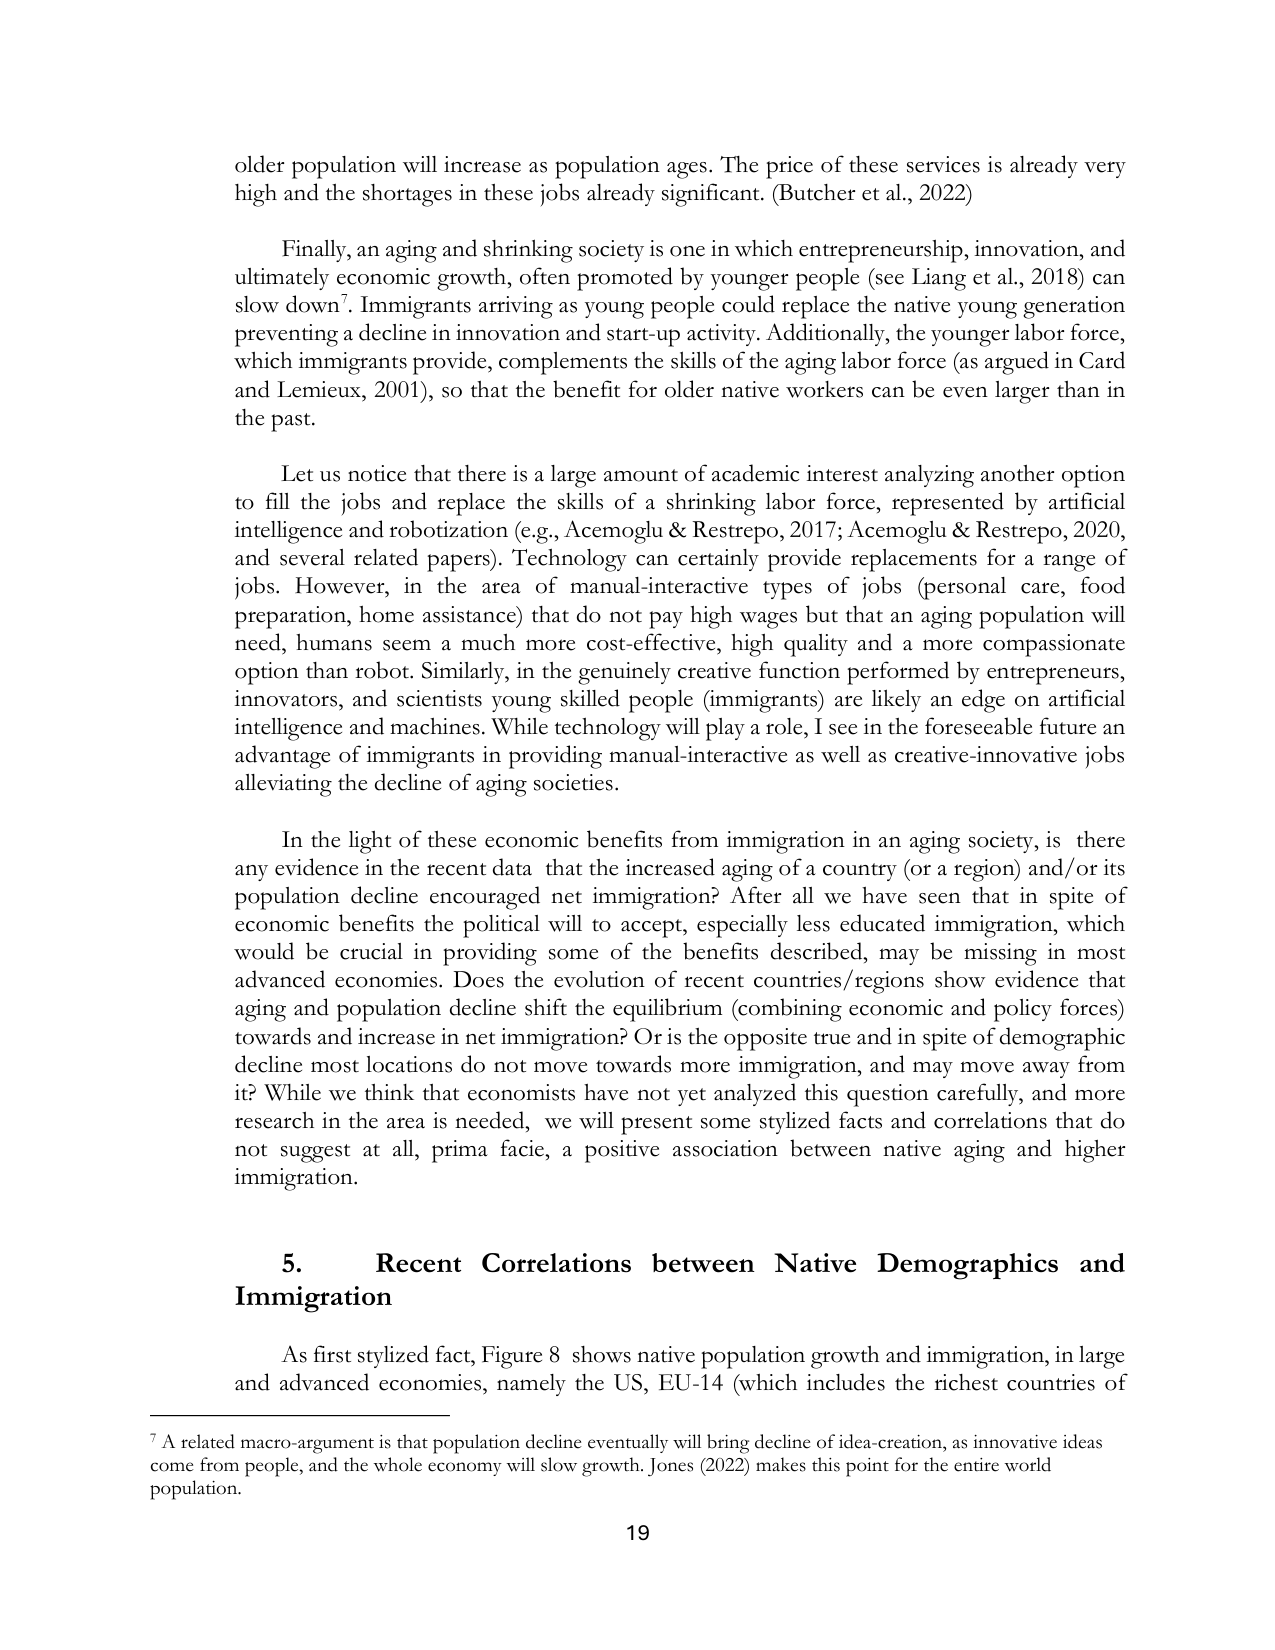
older population will increase as population ages. The price of these services is already very high and the shortages in these jobs already significant. (Butcher et al., 2022)

Finally, an aging and shrinking society is one in which entrepreneurship, innovation, and ultimately economic growth, often promoted by younger people (see Liang et al., 2018) can slow down⁷. Immigrants arriving as young people could replace the native young generation preventing a decline in innovation and start-up activity. Additionally, the younger labor force, which immigrants provide, complements the skills of the aging labor force (as argued in Card and Lemieux, 2001), so that the benefit for older native workers can be even larger than in the past.

Let us notice that there is a large amount of academic interest analyzing another option to fill the jobs and replace the skills of a shrinking labor force, represented by artificial intelligence and robotization (e.g., Acemoglu & Restrepo, 2017; Acemoglu & Restrepo, 2020, and several related papers). Technology can certainly provide replacements for a range of jobs. However, in the area of manual-interactive types of jobs (personal care, food preparation, home assistance) that do not pay high wages but that an aging population will need, humans seem a much more cost-effective, high quality and a more compassionate option than robot. Similarly, in the genuinely creative function performed by entrepreneurs, innovators, and scientists young skilled people (immigrants) are likely an edge on artificial intelligence and machines. While technology will play a role, I see in the foreseeable future an advantage of immigrants in providing manual-interactive as well as creative-innovative jobs alleviating the decline of aging societies.

In the light of these economic benefits from immigration in an aging society, is there any evidence in the recent data that the increased aging of a country (or a region) and/or its population decline encouraged net immigration? After all we have seen that in spite of economic benefits the political will to accept, especially less educated immigration, which would be crucial in providing some of the benefits described, may be missing in most advanced economies. Does the evolution of recent countries/regions show evidence that aging and population decline shift the equilibrium (combining economic and policy forces) towards and increase in net immigration? Or is the opposite true and in spite of demographic decline most locations do not move towards more immigration, and may move away from it? While we think that economists have not yet analyzed this question carefully, and more research in the area is needed, we will present some stylized facts and correlations that do not suggest at all, prima facie, a positive association between native aging and higher immigration.

5. Recent Correlations between Native Demographics and Immigration

As first stylized fact, Figure 8 shows native population growth and immigration, in large and advanced economies, namely the US, EU-14 (which includes the richest countries of

⁷ A related macro-argument is that population decline eventually will bring decline of idea-creation, as innovative ideas come from people, and the whole economy will slow growth. Jones (2022) makes this point for the entire world population.

19